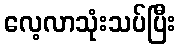
လေ့လာသုံးသပ်ပြီး